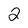
Character: 2